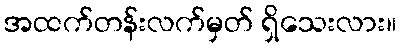
အထက်တန်းလက်မှတ် ရှိသေးလား။